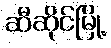
ဆီဆိုင်မြို့